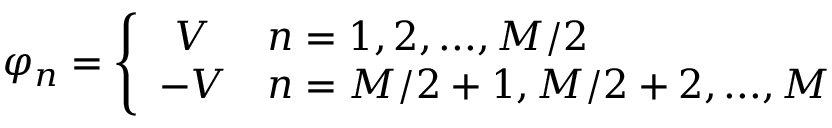
\varphi _ { n } = \left\{ \begin{array} { c l } { V } & { n = 1 , 2 , . . . , M / 2 } \\ { - V } & { n = M / 2 + 1 , M / 2 + 2 , . . . , M } \end{array} \right.